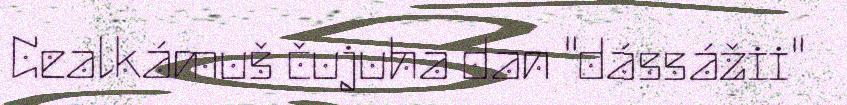
Cealkámuš čujuha dan "dássážii"